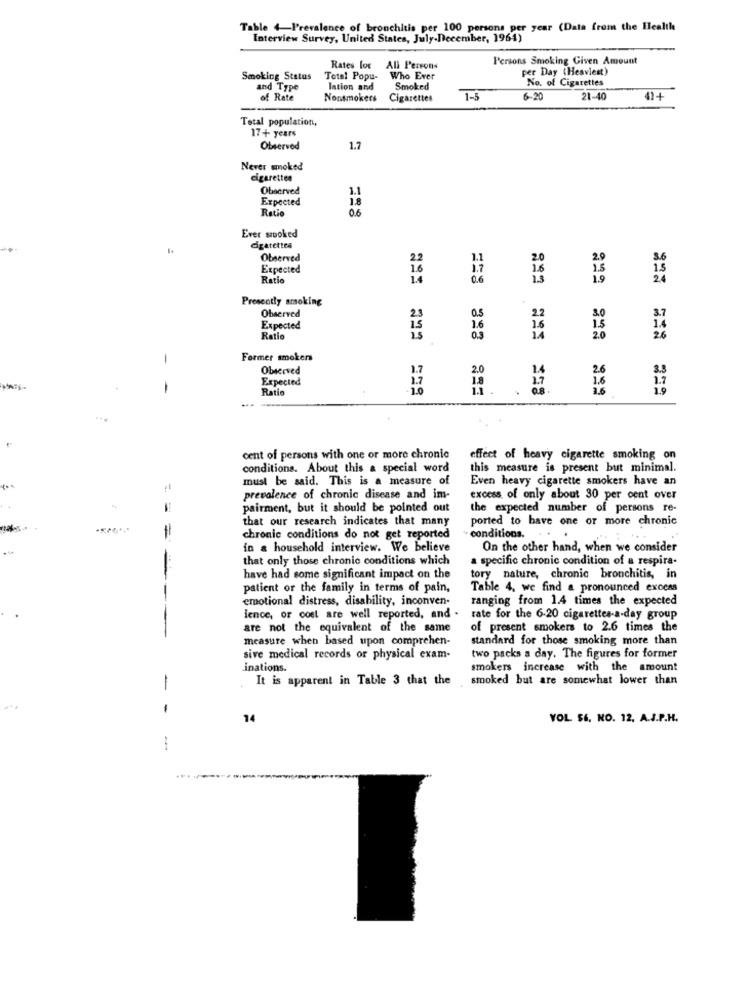
Table 4-Prevalence of bronchitis per 100 persons per year (Data from the Health
Interview Survey, United States, July.December, 1961)
Persons Smoking Given Amount
Rates for
All Persons
per Day (Heaviest)
Smoking Status
Total Popu- Who Ever
No. of Cigarettes
and Type
lation and
Smoked
of Rate
Nonsmokers
Cigarettes
1-5
6.20
21-40
41-4
---
Total population,
17+ years
Observed
1.7
Never smoked
cigarettes
Observed
1.1
Expected
18
Ratio
06
Ever sooked
digatettes
Observed
20
3.6
Expected
1.6
Ratio
14
2.4
822
Presently smoking
Observed
Expected
14
Ratio
26
-
Former smokers
Observed
1.7
3.5
Expected
1.7
Rati
1.9
...
cent of persons with one or more chronic
effect of heavy cigarette smoking on
conditions. About this & special word
this measure is present but minimal.
must be said. This is a measure of
Even heavy cigarette smokers have an
prevalence of chronic disease and im-
excess of only about 30 per cent over
pairment, but it should be pointed out
the expected number of persons re-
that our research indicates that many
ported to have one or more chronic
=
chronic conditions do not get reported
conditions ..
in a household interview. We believe
On the other hand, when we consider
that only those chronic conditions which
a specific chronic condition of a respira.
have had some significant impact on the
tory nature, chronic bronchitis, in
patient or the family in terms of pain,
Table 4, we find a pronounced excess
emotional distress, disability, inconven-
ranging from 1.4 times the expected
--
ience, or cost are well reported, and .
rate for the 6-20 cigarettes-a-day group
are not the equivalent of the same
of present smokers to 2.6 times the
measure when based upon comprehen-
standard for those smoking more than
sive medical records or physical exam-
two packs a day. The figures for former
inations.
smokers increase with the amount
It is apparent in Table 3 that the
smoked but are somewhat lower than
-
-
14
YOL SE, NO. 12. A.J.P.H.